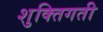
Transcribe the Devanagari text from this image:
शुक्तिगती